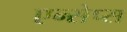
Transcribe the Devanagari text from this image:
एन्सेप्स